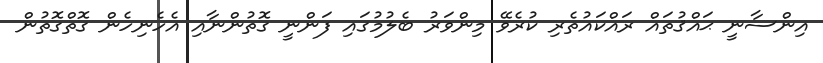
އިންސާނީ ޙައްޤުތައް ރައްކައުތެރި ކުރެވޭ މިންވަރު ބެލުމުގައި ފަންނީ ގޮތުންނާއި އެހެނިހެން ގޮތްގޮތުން